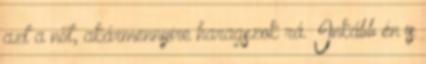
azt a nőt, akármennyire haragszok rá. Inkább én is